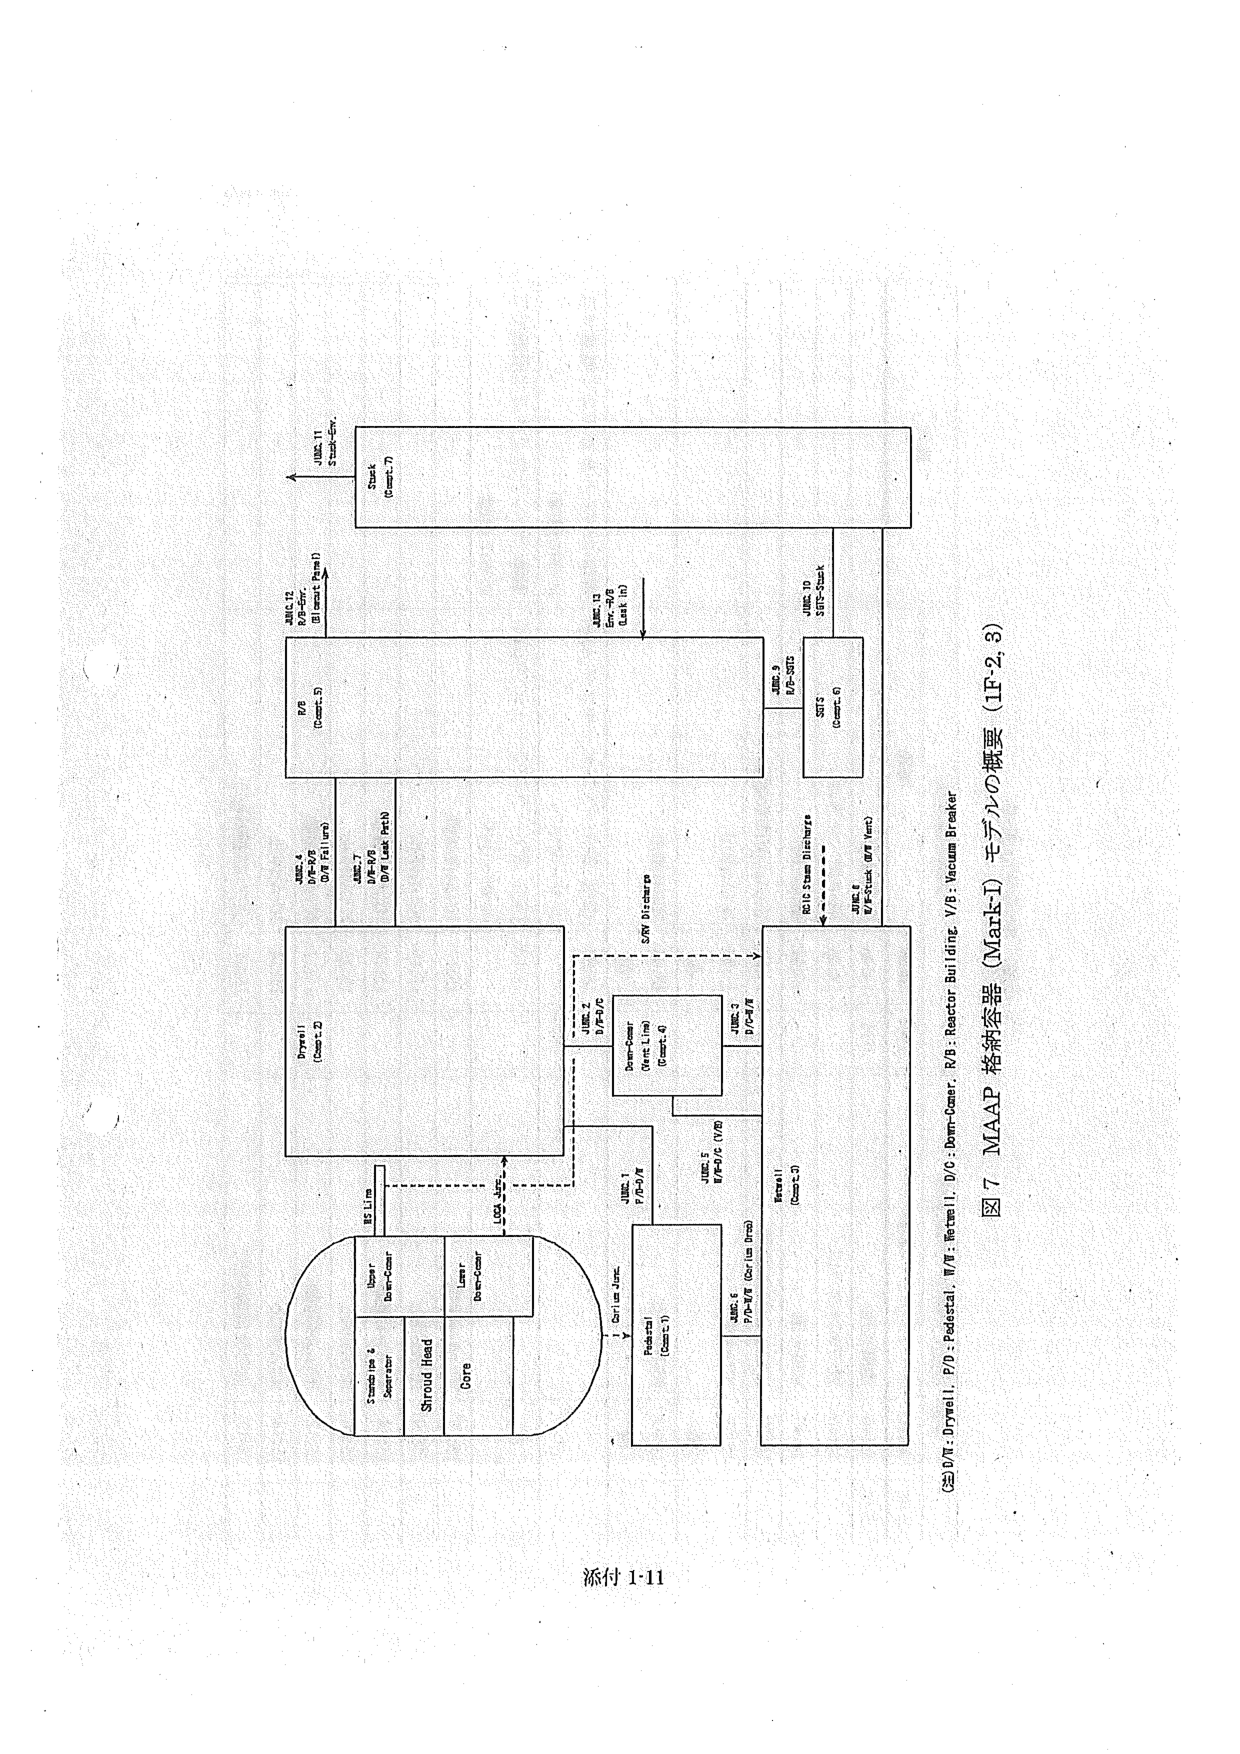
添付 1-11

図7 MAAP 格納容器 (Mark-I) モデルの概要 (IF-2, 3)

(注) D/N : Drywell, P/D : Pedestal, W/B : Wetwell, D/O : Dom-Cover, R/B : Reactor Building, V/B : Vacuum Breaker

JUNC. 11
Stack
(Coat: 7)

JUNC. 12
EVR-PVB
(Drywell Pump)

JUNC. 13
EVR-PVB
(Coat: In)

JUNC. 10
SRTS-Stack

JUNC. 9
E/P-SRTS

SRTS
(Coat: 6)

JUNC. 8
W/B-Stack (W/B Vent)

R/B/S Steam Discharge

JUNC. 7
D/P-PVB
(D/W Leak Path)

JUNC. 6
P/D-WB (Cer1us Inlet)

JUNC. 5
W/P-D/O (V/B)

JUNC. 4
D/P-PVB
(D/W Fill Line)

JUNC. 3
D/P-D/W

JUNC. 2
W/P-D/O

JUNC. 1
P/D-D/W

Drywell
(Coat: 2)

EVR
(Coat: 5)

Dom-Cover
(Atmo. Line)
(Coat: 4)

Pedestal
(Coat: 1)

Wetwell
(Coat: 3)

UVR Line

MB Line

Upper
Dom-Cover

Lower
Dom-Cover

Shroud Head

Core

Separator

Steam Line 2